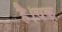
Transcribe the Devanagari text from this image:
है।चक